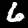
Label: 6